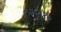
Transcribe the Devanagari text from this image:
१२२४०